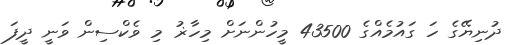
ދުނިޔޭގެ ހަ ގައުމެއްގެ 43500 މީހުންނަށް މިހާޜު މި ވެކްސިން ވަނީ ދީފަ